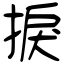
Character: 捩